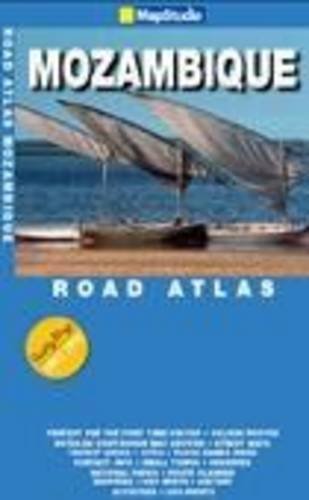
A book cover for Mozambique Road Atlas: MS.AT12; Map Studio; Travel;